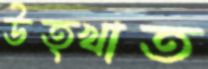
উত্খাত